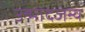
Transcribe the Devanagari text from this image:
उन्मादजन्य